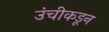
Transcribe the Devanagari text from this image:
उंचीकडून